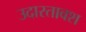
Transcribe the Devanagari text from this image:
उदारतावश